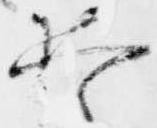
恐